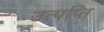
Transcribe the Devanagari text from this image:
उत्पप्ति